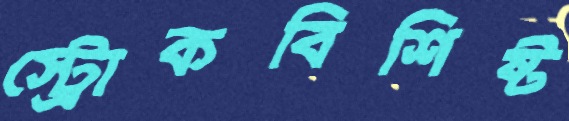
স্ট্রোকবিশিষ্ট